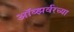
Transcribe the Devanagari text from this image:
ऑब्झर्वरच्या